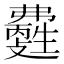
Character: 𤯽